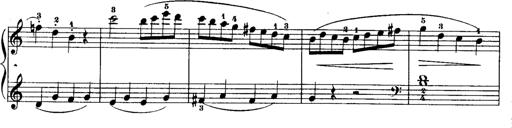
Title: Rondos and Sonatinas for Pianoforte
Composer: Daniel Steibelt